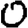
Digit: 0